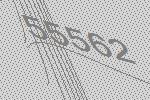
55562